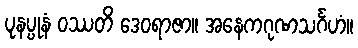
ပုနပ္ပုနံ ဝဿတိ ဒေဝရာဇာ။ အနေကဂုဏသင်္ဂဟံ။